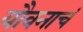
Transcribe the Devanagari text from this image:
यौवनाचं